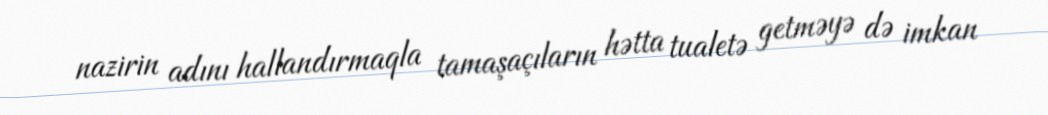
nazirin adını hallandırmaqla tamaşaçıların hətta tualetə getməyə də imkan